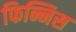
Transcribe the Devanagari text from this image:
फिन्निस